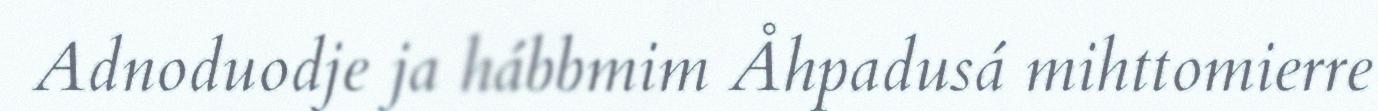
Adnoduodje ja hábbmim Åhpadusá mihttomierre